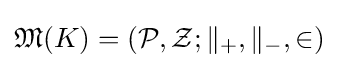
{\mathfrak {M}}(K)=({\mathcal {P}},{\mathcal {Z}};\parallel _{+},\parallel _{-},\in )